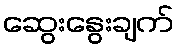
ဆွေးနွေးချက်